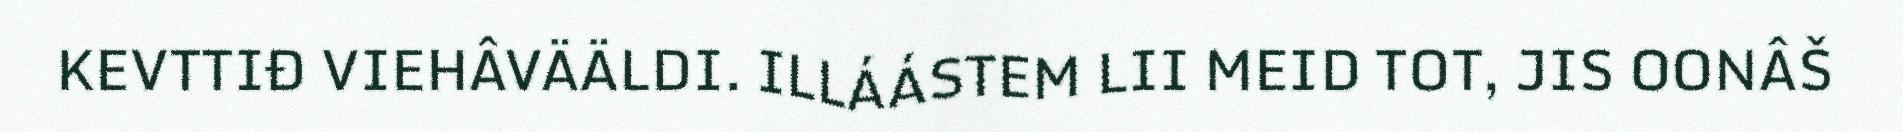
KEVTTIĐ VIEHÂVÄÄLDI. ILLÁÁSTEM LII MEID TOT, JIS OONÂŠ